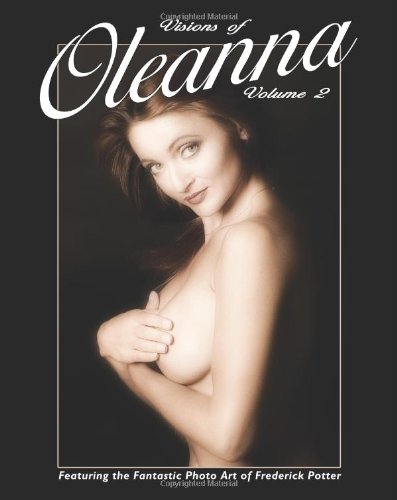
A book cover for Visions of Oleanna - Volume Two: Featuring the Fantastic Photographic Art of Frederick Potter; Frederick Potter; Arts & Photography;